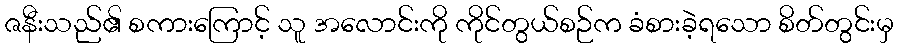
ဇနီးသည်၏ စကားကြောင့် သူ အလောင်းကို ကိုင်တွယ်စဉ်က ခံစားခဲ့ရသော စိတ်တွင်းမှ